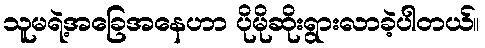
သူမရဲ့အခြေအနေဟာ ပိုမိုဆိုးရွားလာခဲ့ပါတယ်။